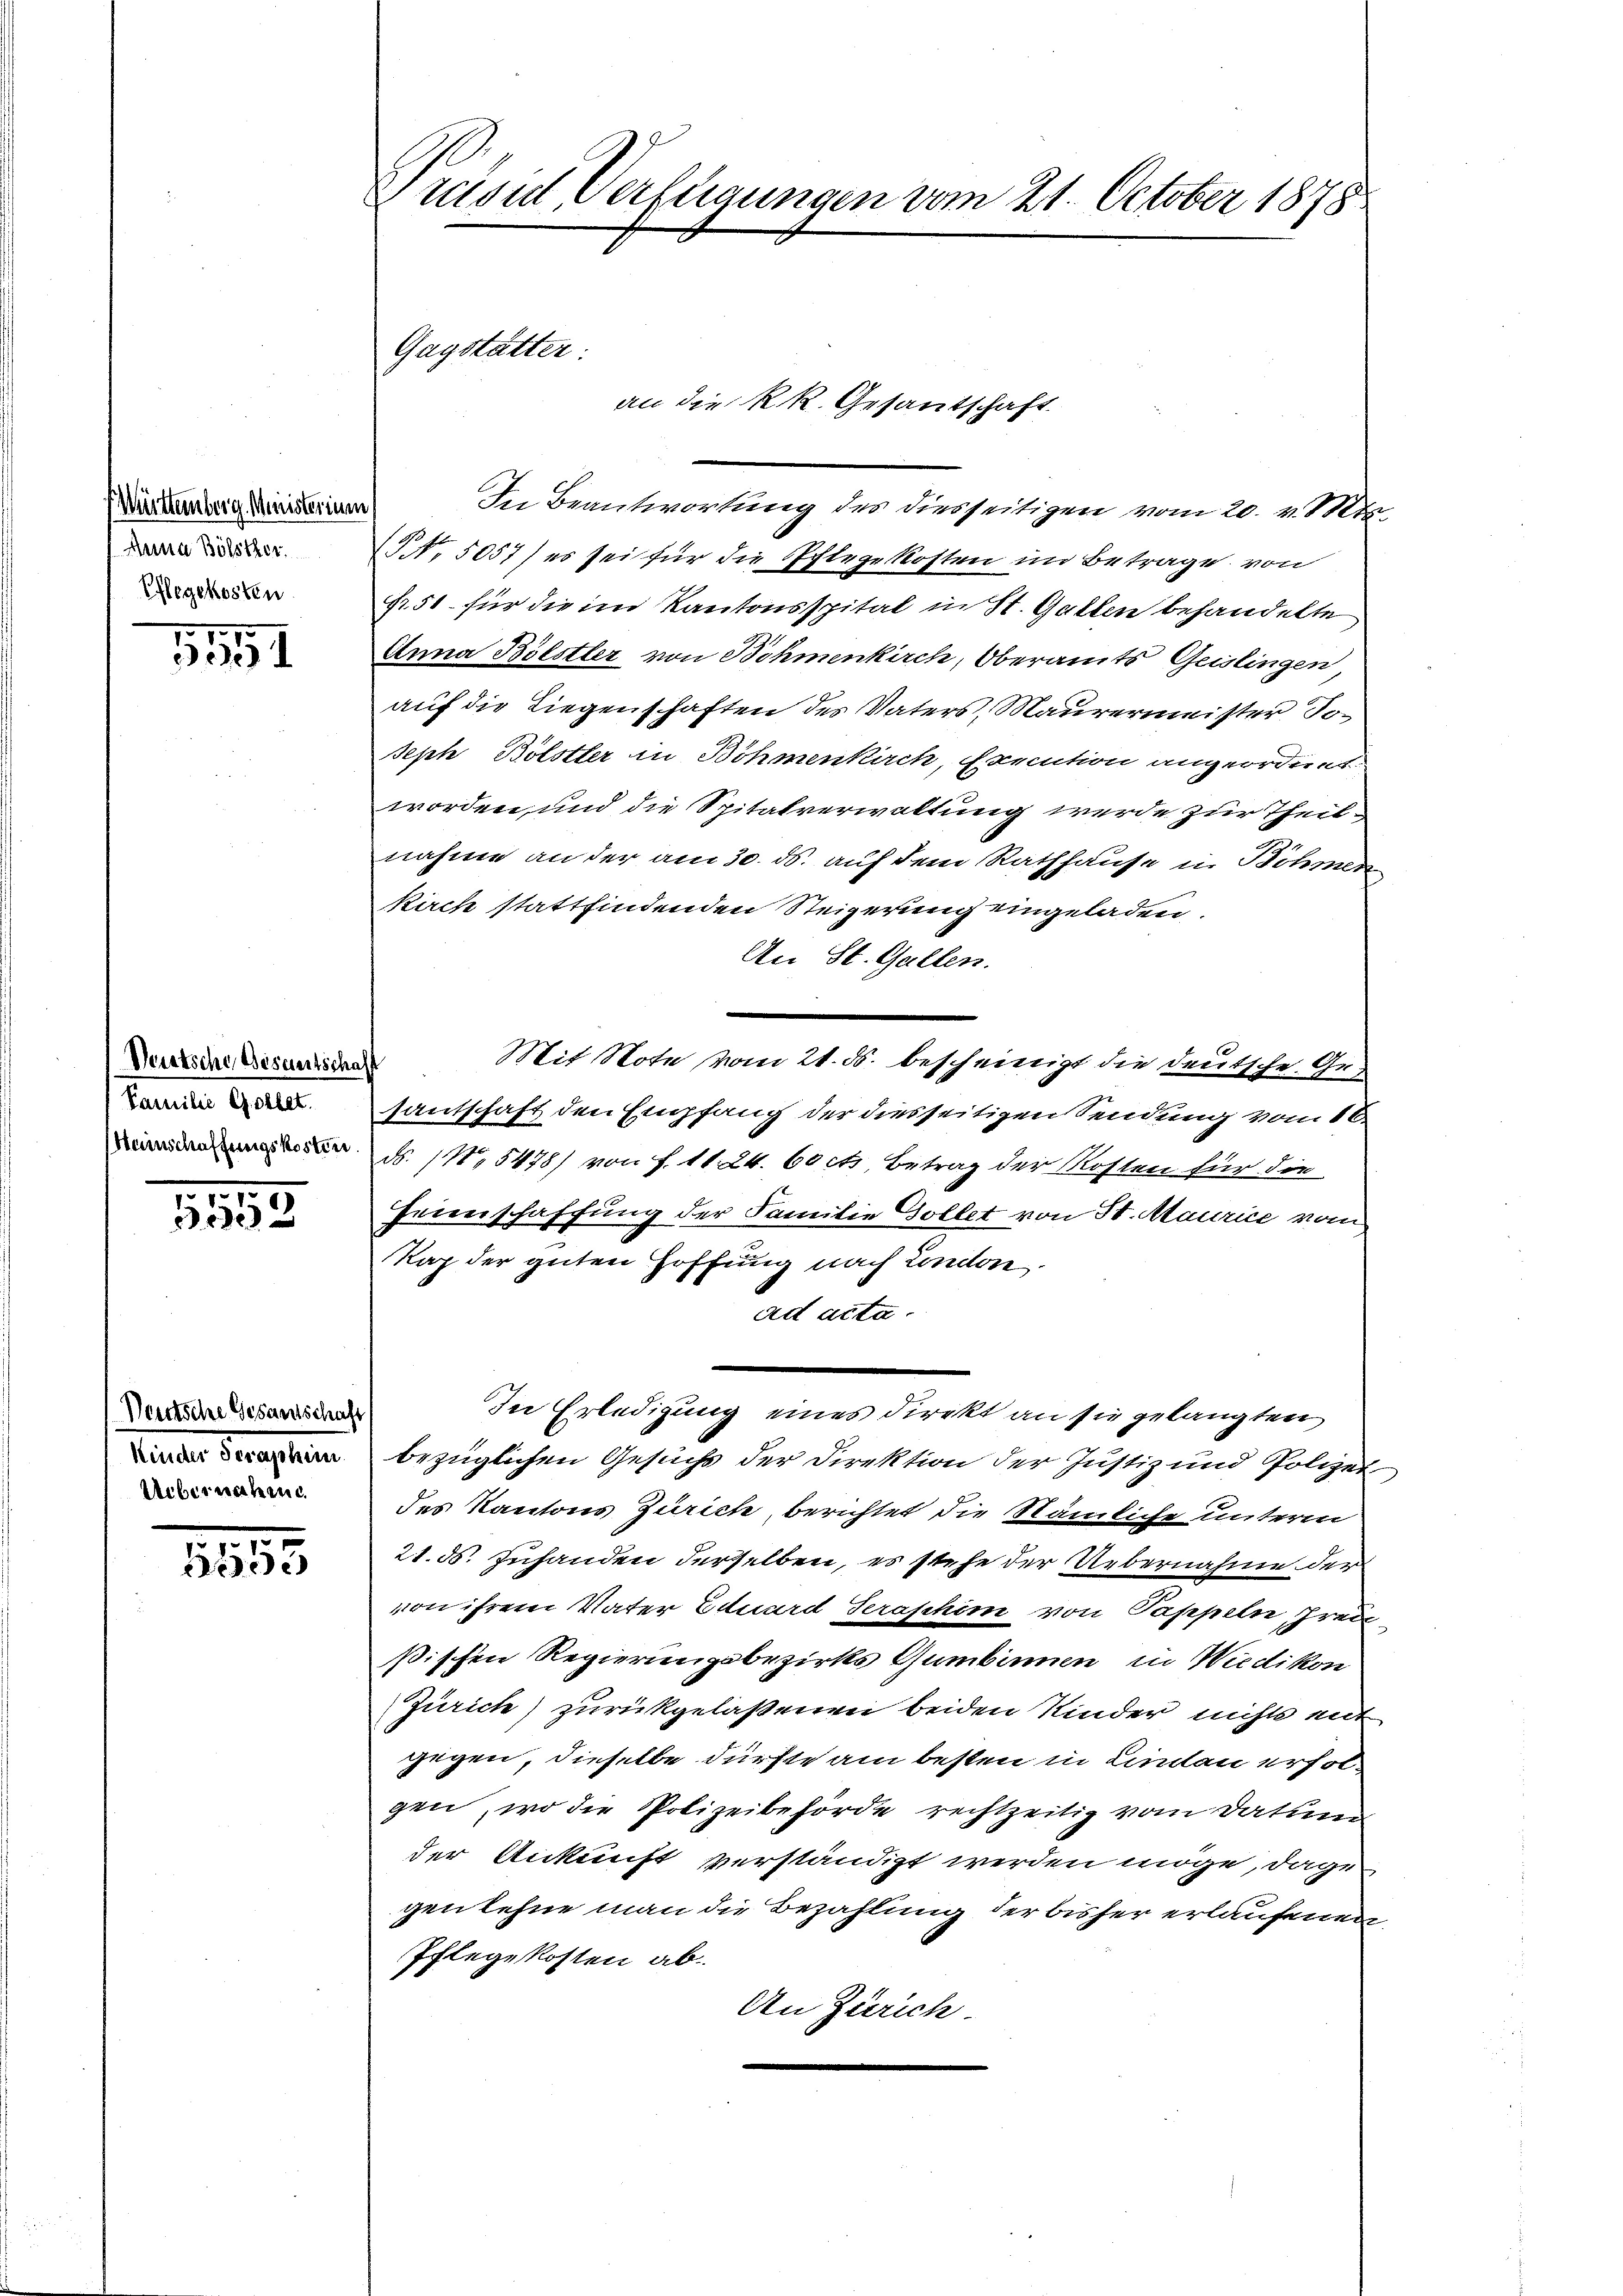
Mütternberg. Ministerium
Dein Bölsther
Pflegekosten

.
)

Deutsche Wesentschaft
Familie Gottet.
Heinschaffungskosten.

5552

Deutsche Gesamtschaft
Pecular Secretaten
Uebernahm

1
1505

Erusidl Verfügungen vom 21. October 1878.

In Beantwortung des diesseitigen vom 20. v. Mts.
No. 5057) es sei für die Pflegekosten im Betrage von
Fr. 51. für die im Kantonsspital in St. Gallen behandelte
Anna Bölstler von Böhmenkirch, Oberamts Geistingen
auf die Liegenschaften des Vaters, Maurermeister To¬
Seph Bölstler in Böhmenkirch, Exemtion angeordnet
worden, und die Spitalverwaltung werde zur Theil
nahme an der am 30. ds. auf dem Rathhause in Böhmen
kirch stattfindenden Steigerung eingeladen.
An St. Gallen.
Mit Note vom 21. ds. bescheinigt die deutsche Gesantschaft den Empfang der diesseitigen Sendung vom 16.
ds. (N. 5478) von f. 11. 24. 60 cts. Betrag der Kosten für die
Feirnschaffung der Familie Gollet von St. Maurice vom
Tap der guten Hoffung nach London.
ad acta.
In Erledigung eines Direkt an sie gelangten
bezüglichen Gesuchs der Direktion der Justiz und Polizei
des Kantons Zürich berichtet die Stämliche unterm
21. ds. Zuhanden derselben, es stehe der Uebernahme der
von ihrem Vater Eduard Seraschim von Pappeln, Freil
ßischen Regierungsbezirks Gumbinnen in Wiedikon
Zürich) zurückgelaßenen beiden Kinder nichts mit
gegen, dieselbe dürfte am besten in Lindau erfolgen, wo die Polizeibehörde rechtzeitig vom Datum
der Ankunft verständigt werden möge, dage
genlehne man die Bezahlung der bisher erlaufenen
Pflegekosten ab.
An Zürich

Gagstätter:

an die k.k. Gesandschaft